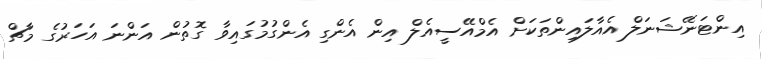
އިންޓަނޭޝަނަލް އެއާލައިންތަކަށް އެމްއޭސީއެލް އިން އެންގި އެންގުމުގައިވާ ގޮތުން އަންނަ އަހަރުގެ މާޗް